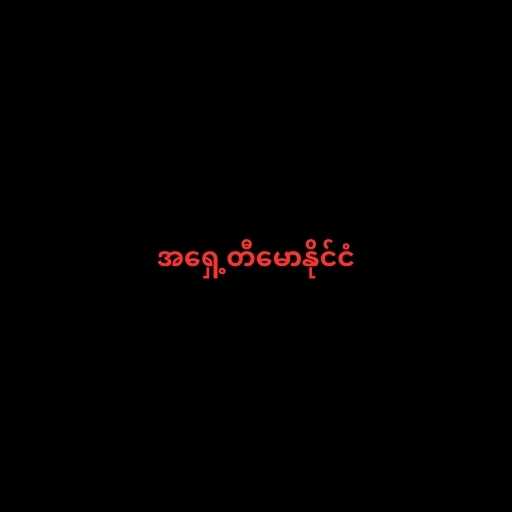
အရှေ့တီမောနိုင်ငံ